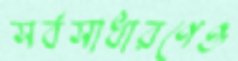
সর্বসাধারণেও